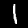
Label: 1